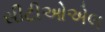
સીટીઓએલ